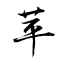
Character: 苹